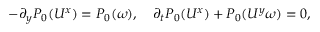
\begin{array} { r } { - \partial _ { y } P _ { 0 } ( U ^ { x } ) = P _ { 0 } ( \omega ) , \quad \partial _ { t } P _ { 0 } ( U ^ { x } ) + P _ { 0 } ( U ^ { y } \omega ) = 0 , } \end{array}